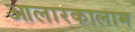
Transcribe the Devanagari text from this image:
आलारकालाम